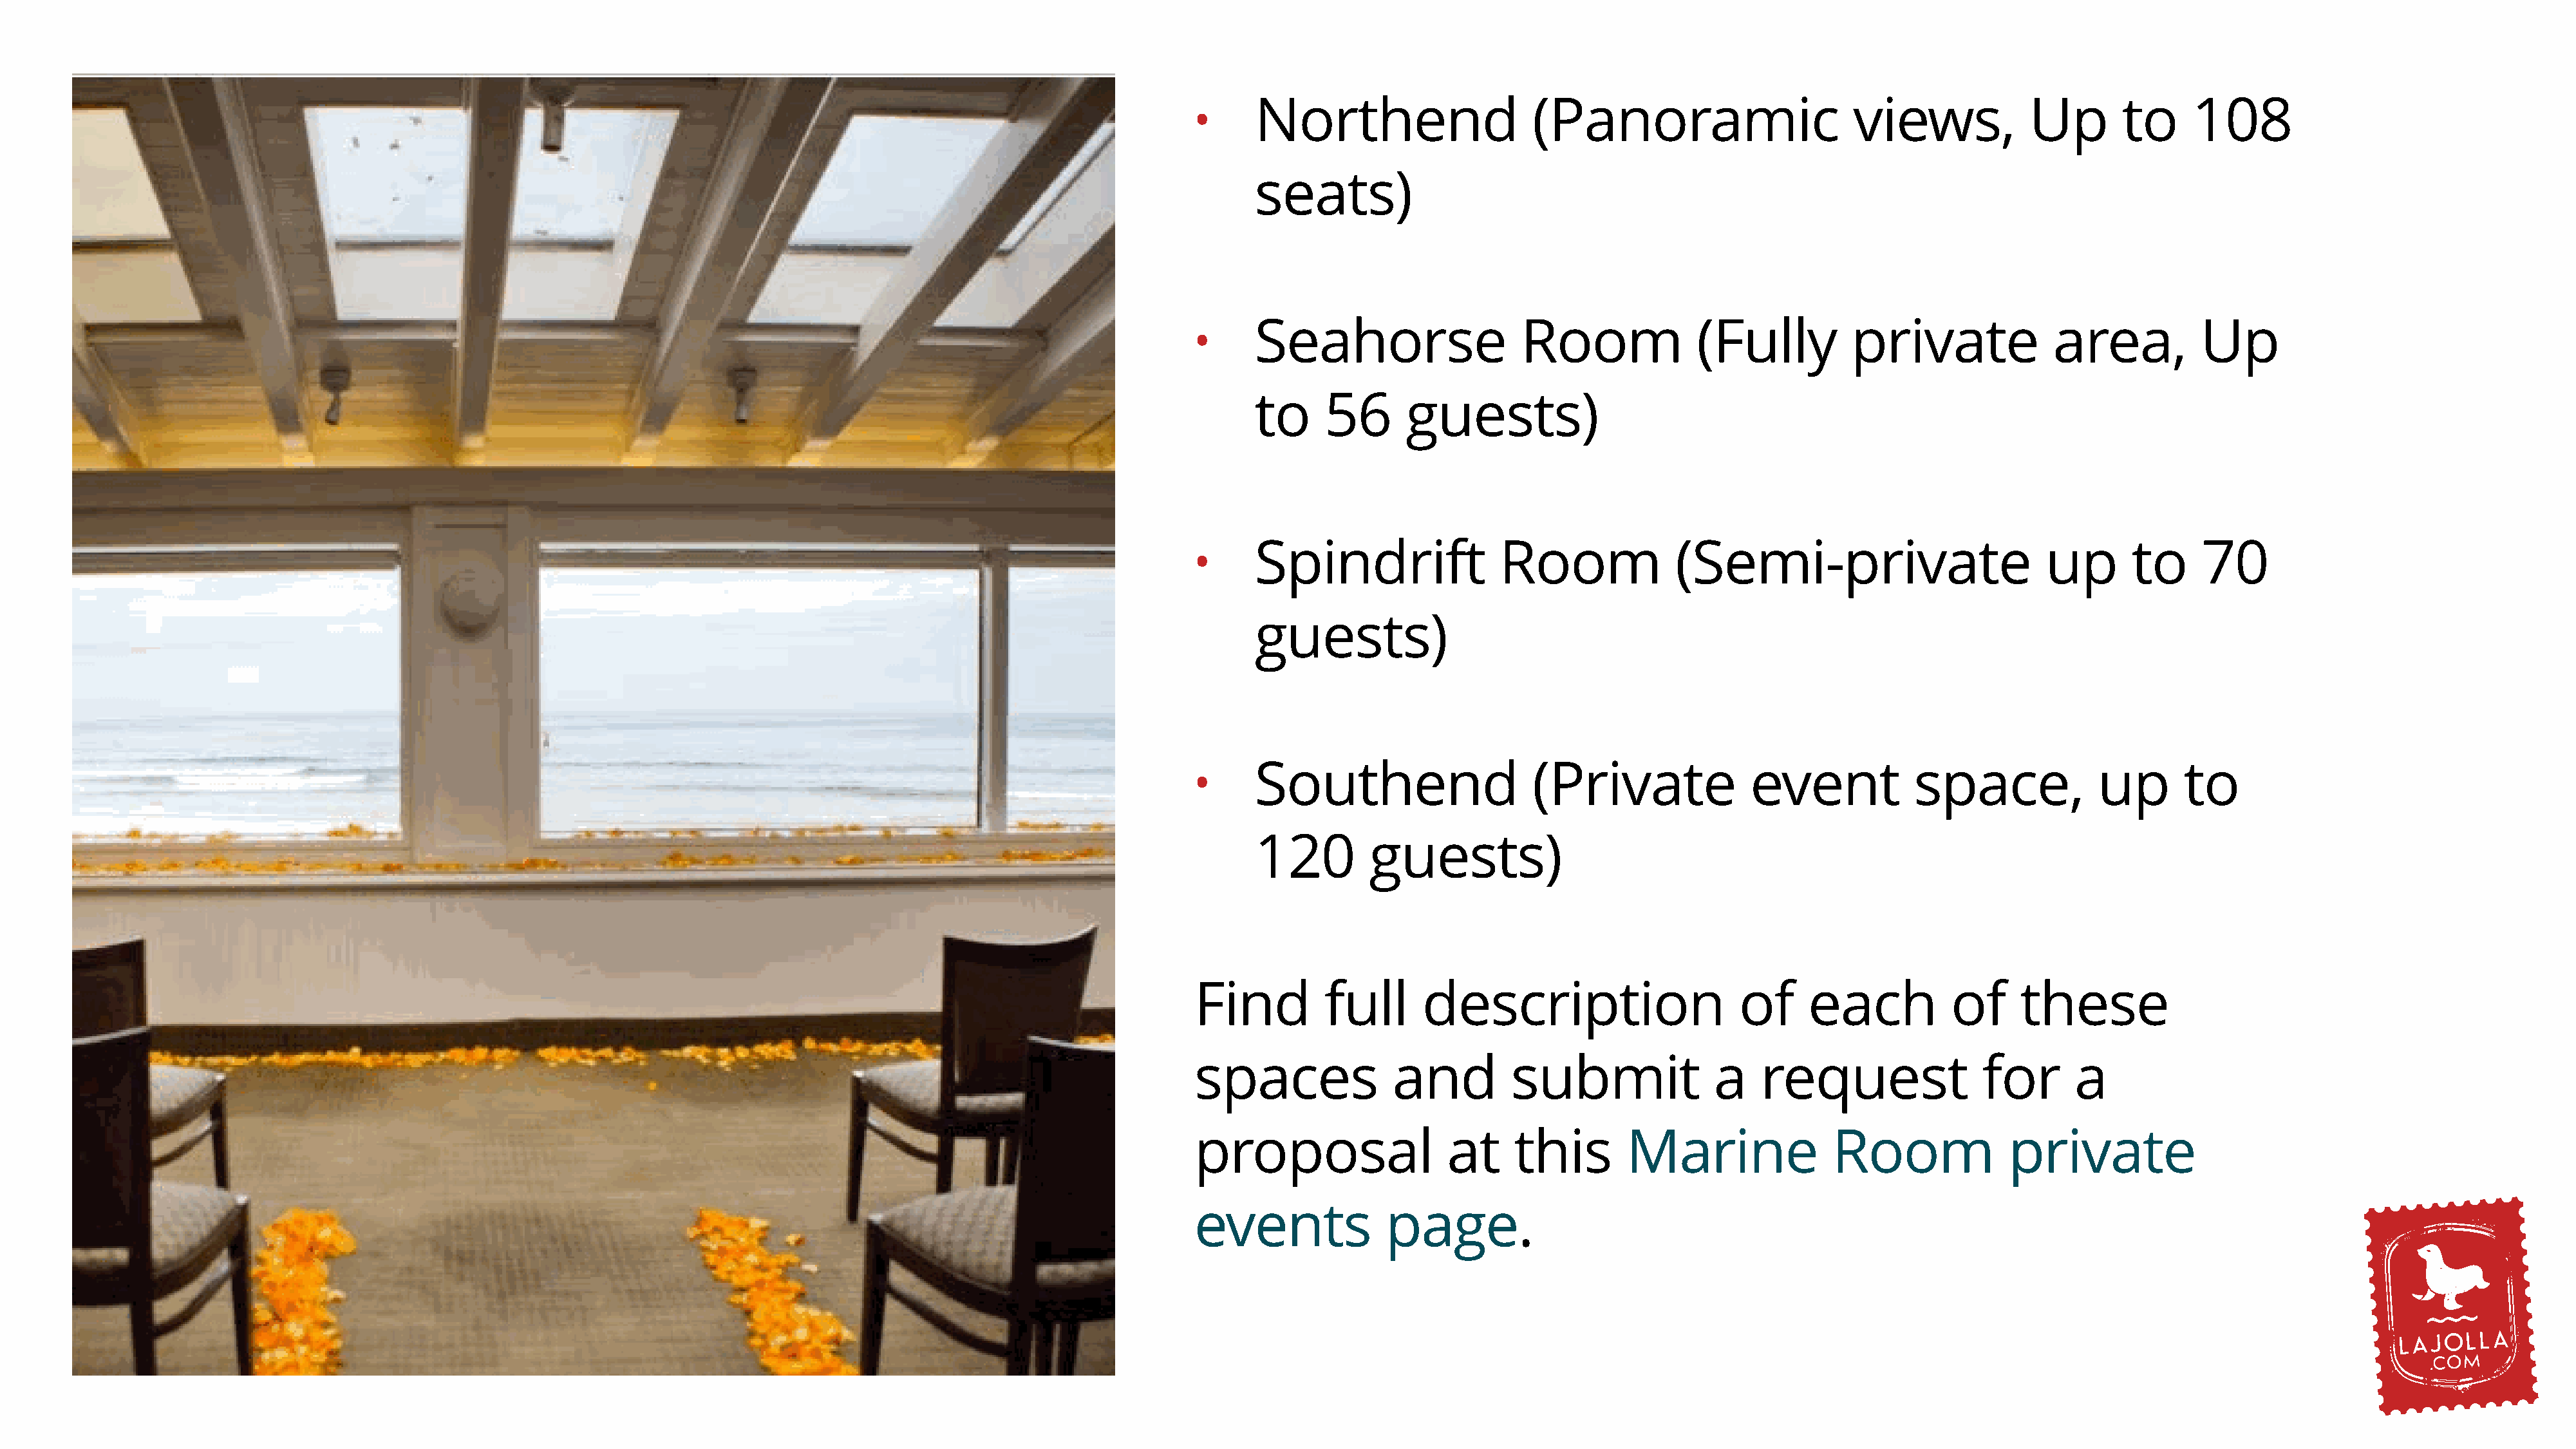
Northend                     (Panoramic                       views,            Up       to     108
 •
 seats)
 Seahorse                   Room              (Fully          private              area,          Up
 •
 to     56      guests)
 Spindrift                Room              (Semi-private                         up       to     70
 •
 guests)
 Southend                     (Private              event            space,             up      to
 •
 120         guests)
 Find         full      description                      of     each           of     these
 spaces              and         submit               a    request                for      a
 proposal                  at     this       Marine               Room              private
 events             page.